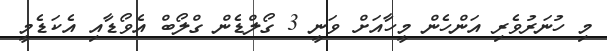
މި ހުނަރުވެރި އަންހެން މީހާއަށް ވަނީ 3 ގޯލްޑެން ގްލޯބް އެވޯޑާއި އެކަޑެމީ